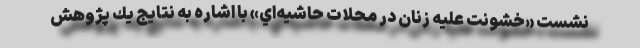
نشست «خشونت عليه زنان در محلات حاشيه‌اي» با اشاره به نتايج يك پژوهش